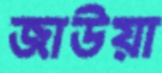
জাউয়া